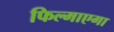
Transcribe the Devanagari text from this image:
फिल्माएगा